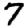
Digit: 7